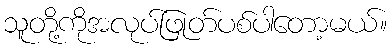
သူတို့ကိုအလုပ်ဖြုတ်ပစ်ပါတော့မယ်။